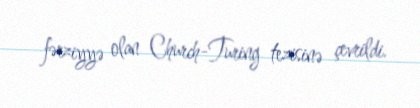
fərziyyə olan Church-Turing tezisinə çevrildi.